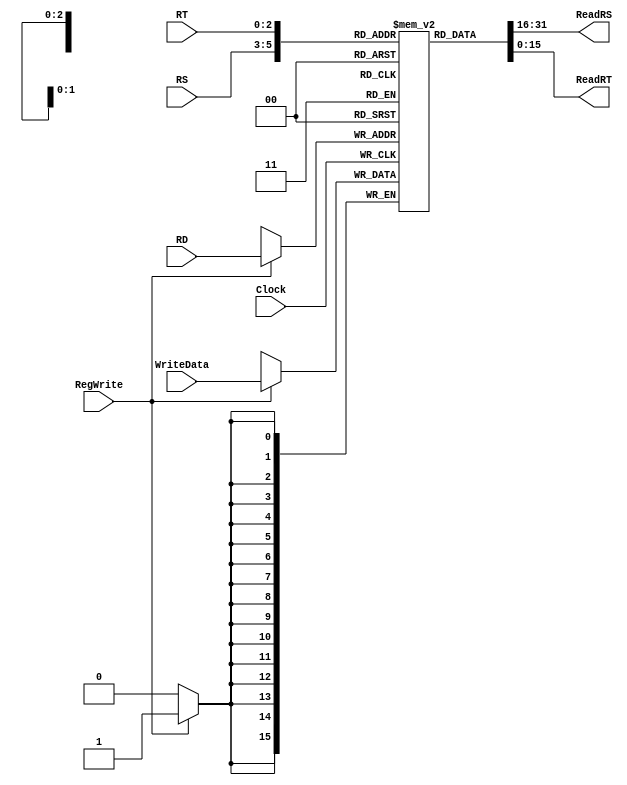
`timescale 1ns / 1ps
//////////////////////////////////////////////////////////////////////////////////
// Company: 
// Engineer: 
// 
// Design Name: 
// Module Name: RegisterFile
// Project Name: 
// Target Devices: 
// Tool Versions: 
// Description: 
// 
// Dependencies: 
// 
// Revision:
// Revision 0.01 - File Created
// Additional Comments:
// 
//////////////////////////////////////////////////////////////////////////////////


module RegisterFile(
input[2:0] RS,
input[2:0] RT,
input[2:0] RD,
input RegWrite,
input Clock,
input[15:0] WriteData,
output [15:0] ReadRS,
output [15:0] ReadRT
);


reg[15:0] Registers[7:0];
integer i;

initial
begin
    for(i = 0; i < 8; i = i + 1) begin
       Registers[i] = 16'd0; 
    end
end

always @ (posedge Clock)
begin
if(RegWrite) Registers[RD] <= WriteData;
end

assign ReadRS = Registers[RS];
assign ReadRT = Registers[RT];

endmodule